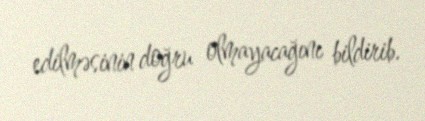
edilməsinin doğru olmayacağını bildirib.